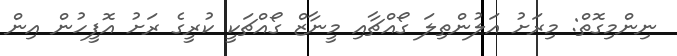
ނިންމިގޮތް: މިރަށު އަލުންތިލަ ގޯއްޗާއި މީނާޒް ގޯއްޗަކީ ކުރީގެ ރަށު އޮފީހުން އިން